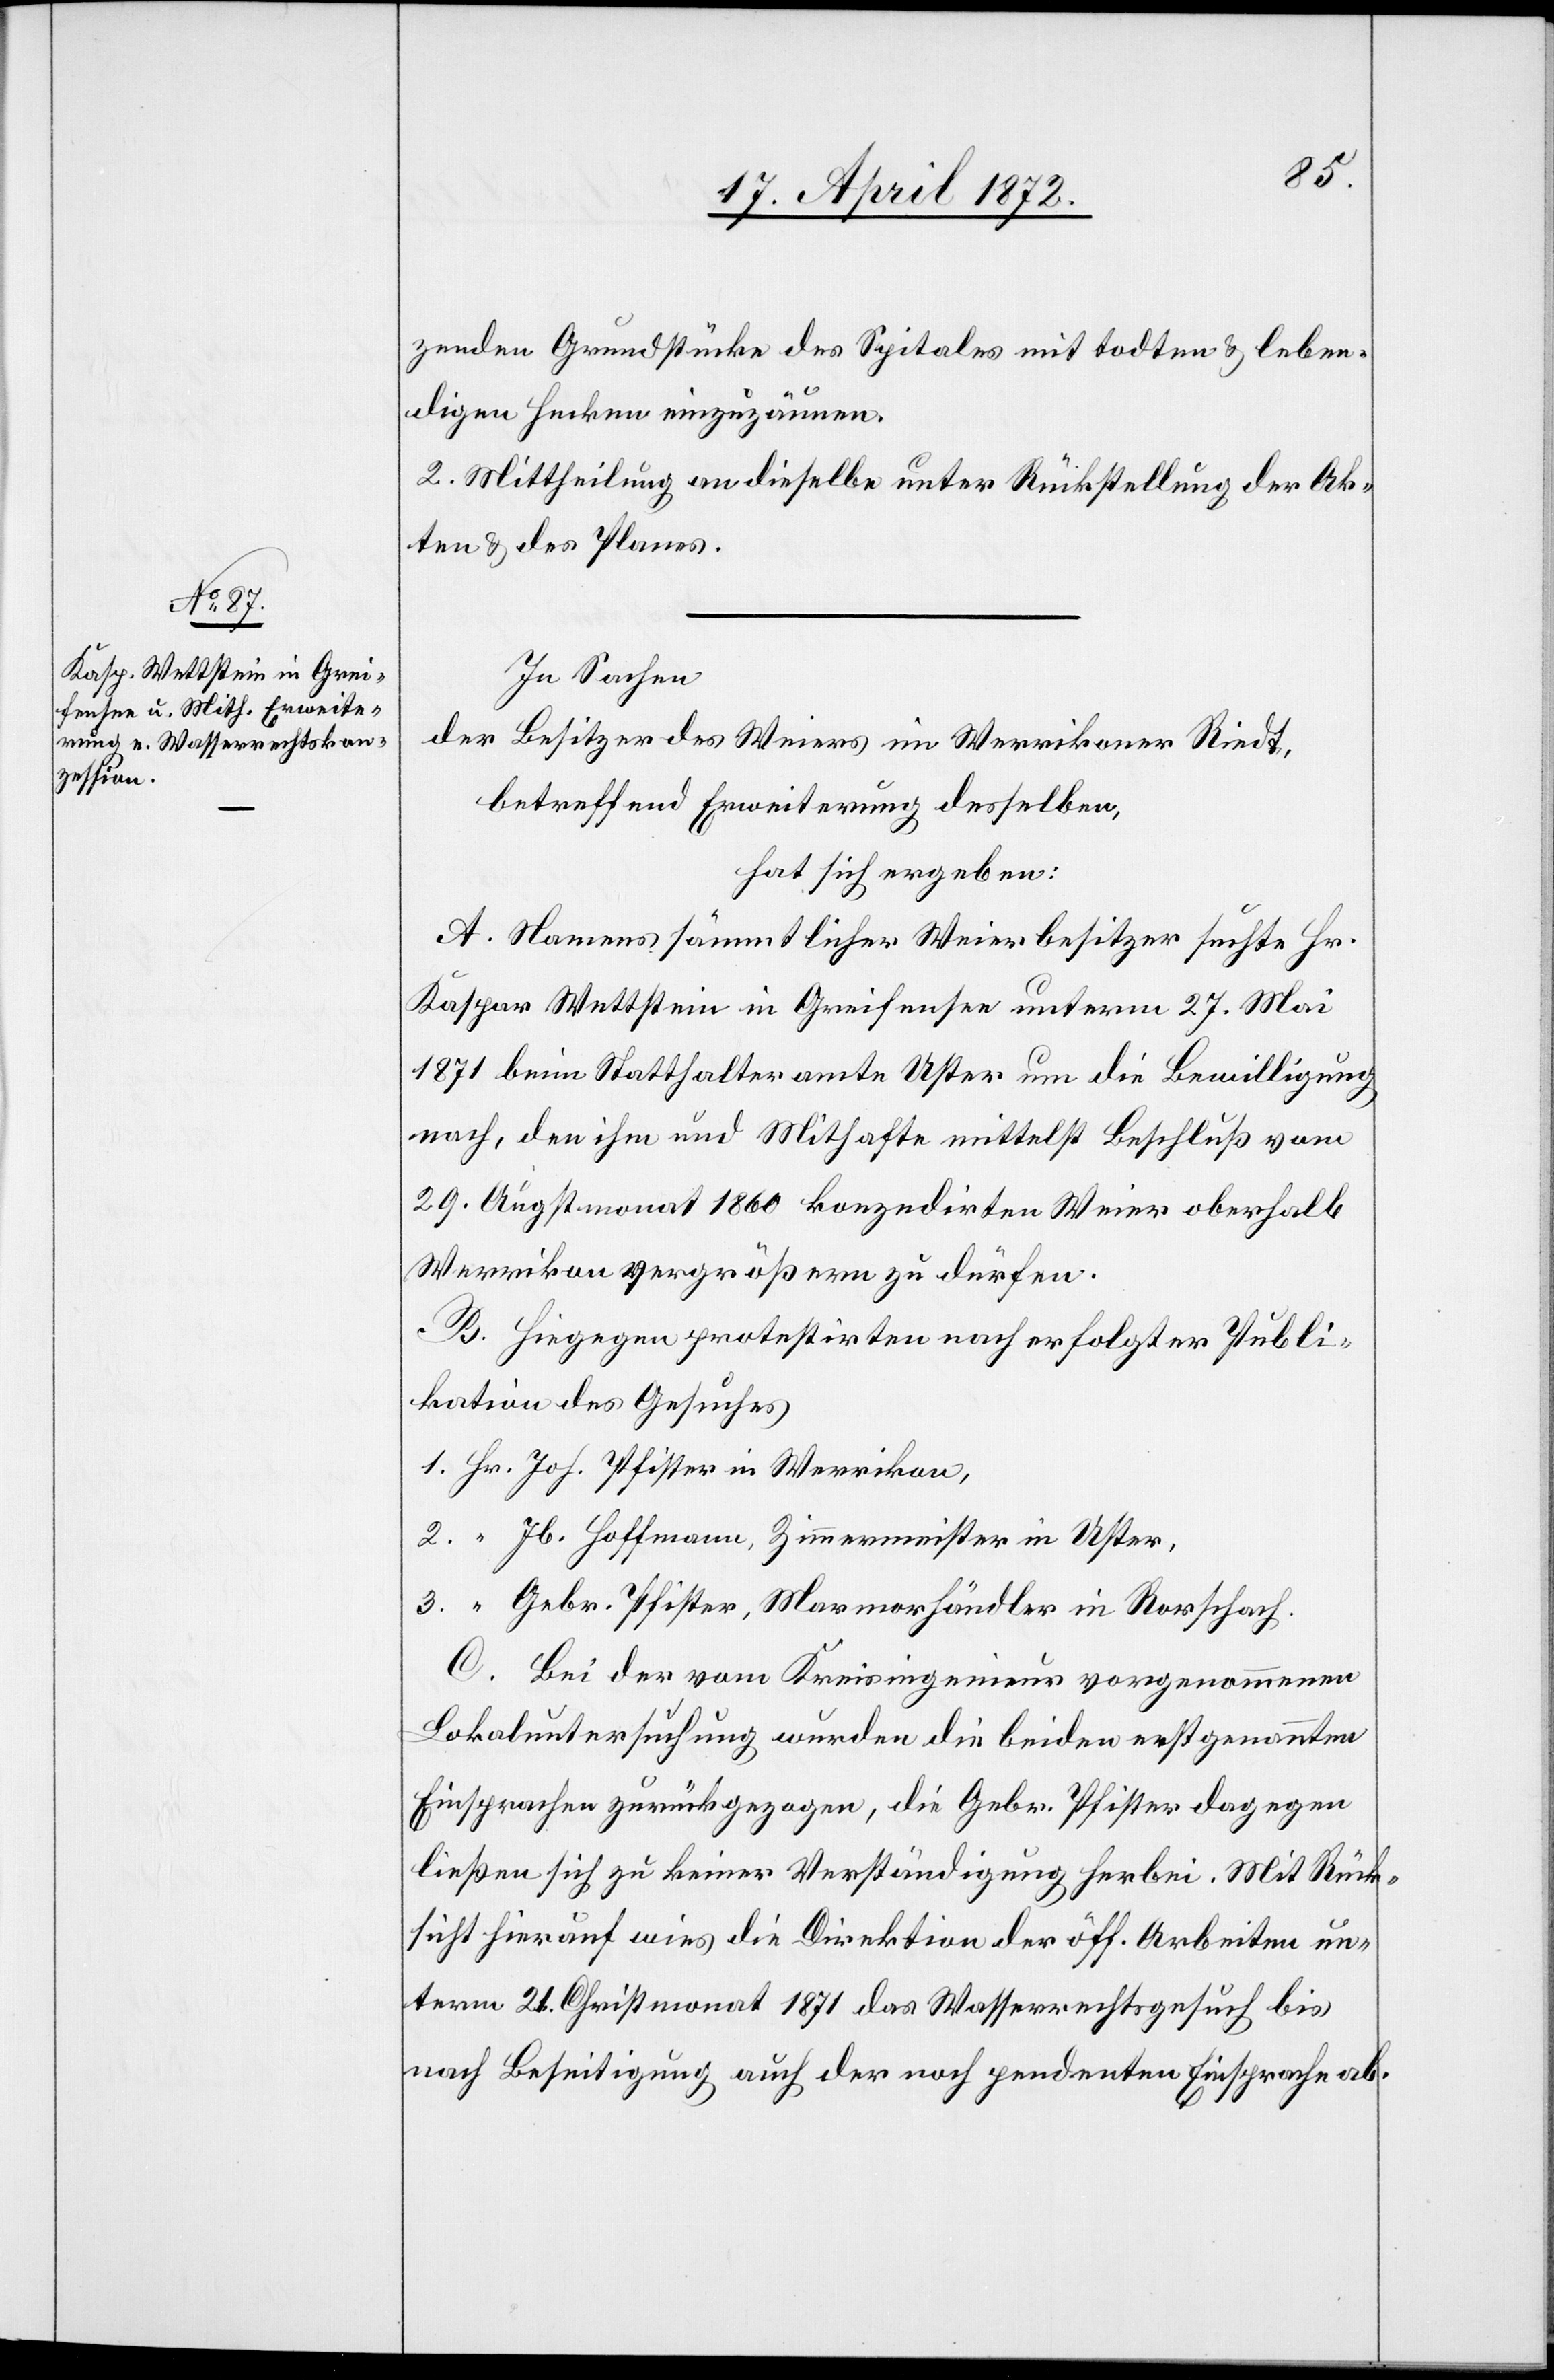
3.
zenden Grundstücke des Spitales mit todten u. leben¬
digen Hecken einzuzäunen.
2. Mittheilung an dieselbe unter Rückstellung der Ak¬
ten u. des Planes.
In Sachen
der Besitzer des Weiers im Werrikoner Riedt,
betreffend Erweiterung desselben,
hat sich ergeben:
A. Namens sämmtlicher Weierbesitzer suchte Hr.
Kaspar Wettstein in Greifensee unterm 27. Mai
1871 beim Statthalteramte Uster um die Bewilligung
nach, den ihm und Mithafte mittelst Beschluß vom
29. Augstmonat 1860 konzedirten Weier oberhalb
Werrikon vergrößern zu dürfen.
B. Hiegegen protestirten nach erfolgter Publi¬
kation des Gesuches
Jb. Hoffmann, Zimmermeister in Uster,
Gebr. Pfister, Marmorhändler in Rorschach.
C. Bei der vom Kreisingenieur vorgenommenen
Lokaluntersuchung wurden die beiden erstgenannten
Einsprachen zurückgezogen, die Gebr. Pfister dagegen
ließen sich zu keiner Verständigung herbei. Mit Rück¬
sicht hierauf wies die Direktion der öff. Arbeiten un¬
term 21. Christmonat 1871 das Wasserrechtsgesuch bis
nach Beseitigung auch der noch pendenten Einsprache ab.